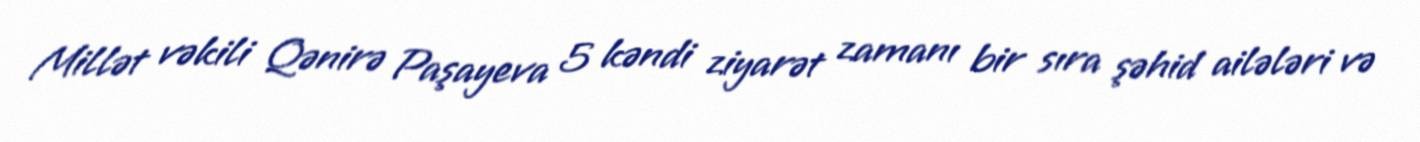
Millət vəkili Qənirə Paşayeva 5 kəndi ziyarət zamanı bir sıra şəhid ailələri və